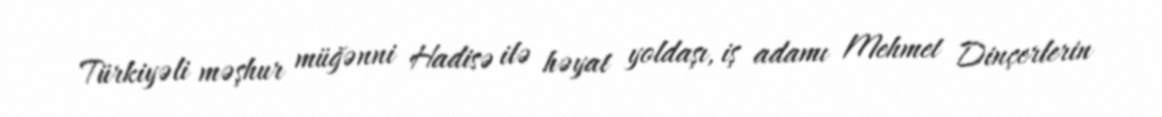
Türkiyəli məşhur müğənni Hadisə ilə həyat yoldaşı, iş adamı Mehmet Dinçerlerin